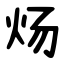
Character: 炀